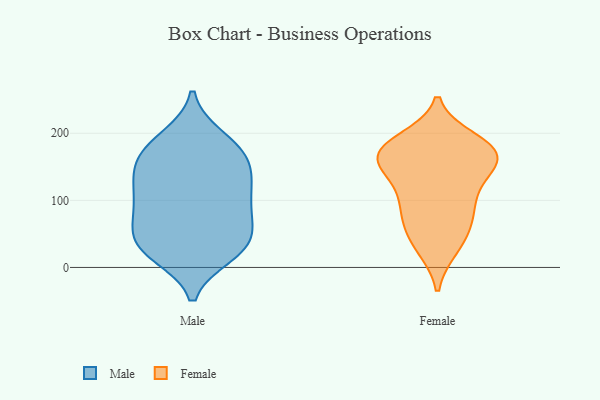
{"axis": {"x": "Market Share (%)", "y": "Value"}, "legend": ["Female", "Male"], "data": [{"x": "", "y": 105, "type": "Male"}, {"x": "", "y": 25, "type": "Male"}, {"x": "", "y": 127, "type": "Male"}, {"x": "", "y": 169, "type": "Male"}, {"x": "", "y": 174, "type": "Male"}, {"x": "", "y": 52, "type": "Male"}, {"x": "", "y": 153, "type": "Male"}, {"x": "", "y": 81, "type": "Male"}, {"x": "", "y": 34, "type": "Male"}, {"x": "", "y": 32, "type": "Male"}, {"x": "", "y": 20, "type": "Male"}, {"x": "", "y": 185, "type": "Male"}, {"x": "", "y": 134, "type": "Male"}, {"x": "", "y": 193, "type": "Male"}, {"x": "", "y": 145, "type": "Male"}, {"x": "", "y": 106, "type": "Male"}, {"x": "", "y": 86, "type": "Male"}, {"x": "", "y": 32, "type": "Male"}, {"x": "", "y": 70, "type": "Male"}, {"x": "", "y": 57, "type": "Female"}, {"x": "", "y": 141, "type": "Female"}, {"x": "", "y": 92, "type": "Female"}, {"x": "", "y": 61, "type": "Female"}, {"x": "", "y": 149, "type": "Female"}, {"x": "", "y": 29, "type": "Female"}, {"x": "", "y": 29, "type": "Female"}, {"x": "", "y": 156, "type": "Female"}, {"x": "", "y": 184, "type": "Female"}, {"x": "", "y": 177, "type": "Female"}, {"x": "", "y": 171, "type": "Female"}, {"x": "", "y": 102, "type": "Female"}, {"x": "", "y": 172, "type": "Female"}, {"x": "", "y": 171, "type": "Female"}, {"x": "", "y": 77, "type": "Female"}, {"x": "", "y": 106, "type": "Female"}, {"x": "", "y": 190, "type": "Female"}, {"x": "", "y": 174, "type": "Female"}, {"x": "", "y": 140, "type": "Female"}]}